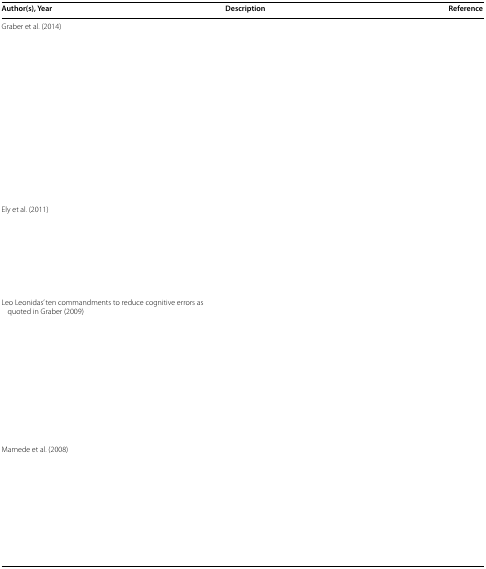
<table><thead><tr><td><b>Author(s), Year</b></td><td><b>Description</b></td><td><b>Reference</b></td></tr></thead><tbody><tr><td>Graber et al. (2014)</td><td>[EMPTY_CELL]</td><td>[EMPTY_CELL]</td></tr><tr><td>Ely et al. (2011)</td><td>[EMPTY_CELL]</td><td>[EMPTY_CELL]</td></tr><tr><td>Leo Leonidas’ ten commandments to reduce cognitive errors as quoted in Graber (2009)</td><td>[EMPTY_CELL]</td><td>[EMPTY_CELL]</td></tr><tr><td>Mamede et al. (2008)</td><td>[EMPTY_CELL]</td><td>[EMPTY_CELL]</td></tr></tbody></table>